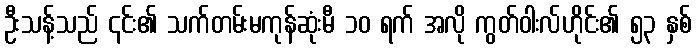
ဦးသန့်သည် ၎င်း၏ သက်တမ်းမကုန်ဆုံးမီ ၁၀ ရက် အလို ကွတ်ဝါးလ်ဟိုင်း၏ ၅၃ နှစ်